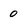
Character: o